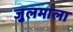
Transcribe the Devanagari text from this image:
जुलमाला